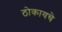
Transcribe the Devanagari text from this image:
ठोकायचे